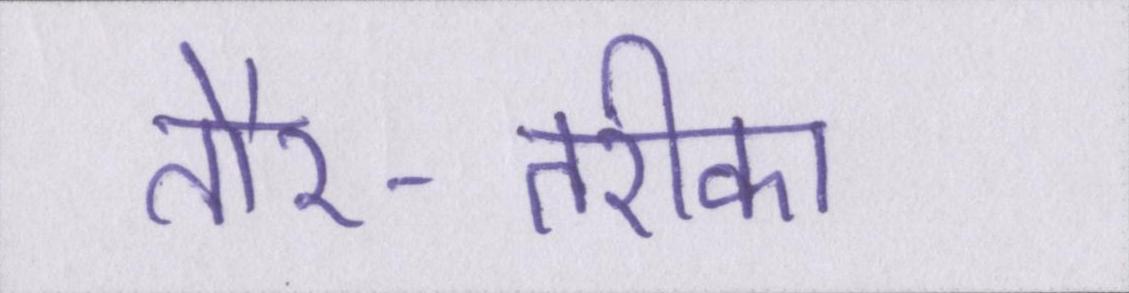
तौर-तरीका